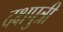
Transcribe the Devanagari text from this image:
दक्षपुत्री